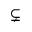
\subsetneq